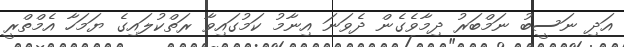
އަދި ނަސީބު ނަމްބަރު ދިމާވެގެން ދެވަނަ އިނާމު ކަމުގައިވާ ރަތްކުލައިގެ ޔަމަހާ އެމްތްރީ